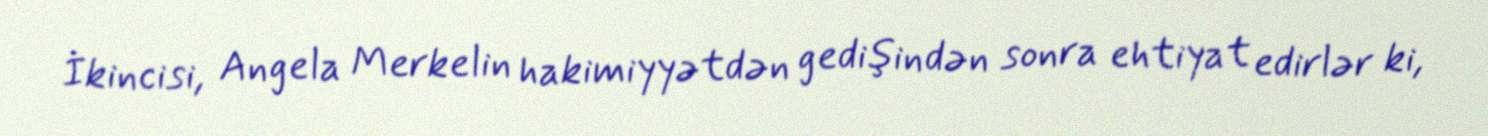
İkincisi, Angela Merkelin hakimiyyətdən gedişindən sonra ehtiyat edirlər ki,